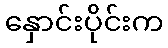
နှောင်းပိုင်းက